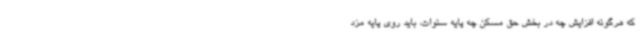
که هرگونه افزایش چه در بخش حق مسکن چه پایه سنوات، باید روی پایه مزد